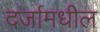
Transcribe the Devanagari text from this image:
दर्जामधील